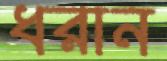
ধরান